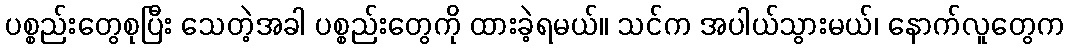
ပစ္စည်းတွေစုပြီး သေတဲ့အခါ ပစ္စည်းတွေကို ထားခဲ့ရမယ်။ သင်က အပါယ်သွားမယ်၊ နောက်လူတွေက